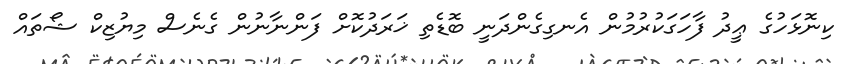
ކިނޮޅަހުގެ ޢީދު ފާހަގަކުރުމުން އެނގިގެންދަނީ ބޮޑެތި ޚަރަދުކޮށް ފަންނާނުން ގެނެސް މިޔުޒިކް ޝޯތައް